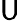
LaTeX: \mathsf{U}